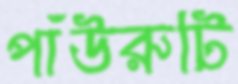
পাঁউরুটি